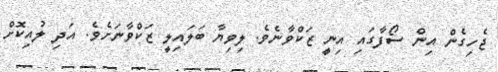
ޖެހިގެން އިން ސޯފާގައި އިނީ ޒަކްވާނެވެ. ލިވިޔާ ބަލައިލީ ޒަކްވާނަށެވެ. އަދި ލުއިކޮށް